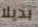
بديلا